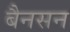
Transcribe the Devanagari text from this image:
बैनसन